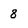
Character: 8